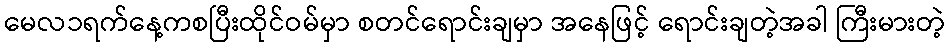
မေလ၁ရက်နေ့ကစပြီးထိုင်ဝမ်မှာ စတင်ရောင်းချမှာ အနေဖြင့် ရောင်းချတဲ့အခါ ကြီးမားတဲ့